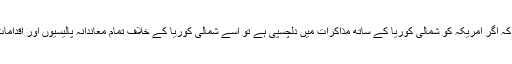
شمالی کوریا کا کہنا ہے کہ اگر امریکہ کو شمالی کوریا کے ساتھ مذاکرات میں دلچسپی ہے تو اسے شمالی کوریا کے خلاف تمام معاندانہ پالیسیوں اور اقدامات کو ترک کردینا چاہیے۔